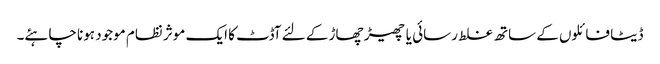
ڈیٹا فائلوں کے ساتھ غلط رسائی یا چھیڑ چھاڑ کے لئے آڈٹ کا ایک موثر نظام موجود ہونا چاہئے۔